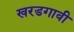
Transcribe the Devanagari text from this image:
खरडगावी